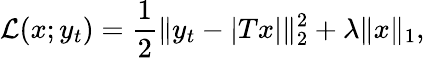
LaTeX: \mathcal{L}(x;y_{t})=\frac{1}{2}\| y_{t}-\lvert Tx\rvert\| _{2}^{2}+\lambda\| x\| _{1},